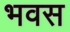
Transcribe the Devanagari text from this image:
भवस